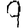
Digit: 9